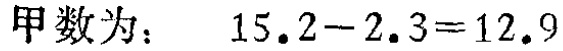
甲数为： \(15.2 - 2.3 = 12.9\)